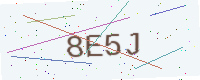
Text: 8E5J